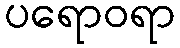
ပရောဝရာ